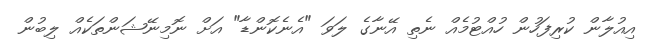
އިއުލާން ކުރިފަހުން ހުއްޓުމެއް ނެތި އޭނާގެ ލަވަ "އެނެކޮންޑާ" އަށް ނޮމިނޭޝަންތަކެއް ލިބުން